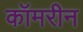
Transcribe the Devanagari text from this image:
कॉमरीन